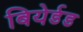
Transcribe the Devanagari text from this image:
बियेर्डड